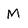
Character: M